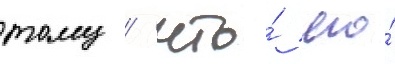
тому / что́ его́